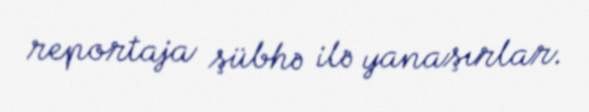
reportaja şübhə ilə yanaşırlar.